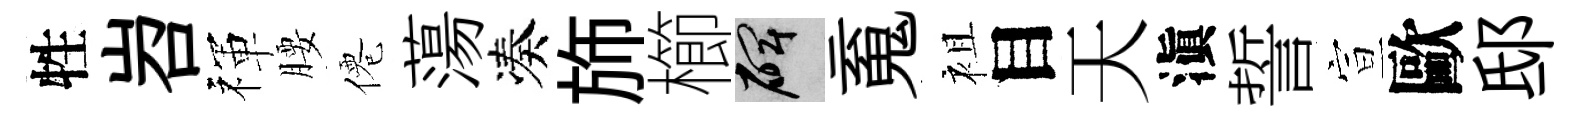
牲岧禈腰僊蕩凑斾櫛碑䰟袓目天滇誓宣歐邸